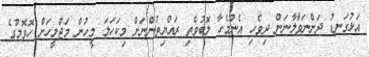
އަޅުގަނޑު ދަންނަވާލާނަން ދިވެހި އެންމެހާ ލޮބުވެތި ރައްޔިތުންނަށް މިކަހަލަ މީހުން މަޖްލީހަށް ހޮވޮމުގެ